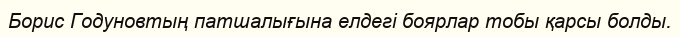
Борис Годуновтың патшалығына елдегі боярлар тобы қарсы болды.